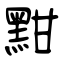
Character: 黚